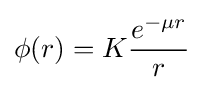
\phi (r)=K{\frac {e^{-\mu r}}{r}}